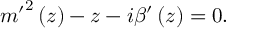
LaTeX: { m ^ { \prime } } ^ { 2 } \left( z \right) - z - i \beta ^ { \prime } \left( z \right) = 0 .